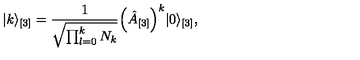
\vert k \rangle _ { [ 3 ] } = \frac { 1 } { \sqrt { \prod _ { l = 0 } ^ { k } N _ { k } } } \Bigl ( \hat { A } _ { [ 3 ] } \Bigr ) ^ { k } \vert 0 \rangle _ { [ 3 ] } ,